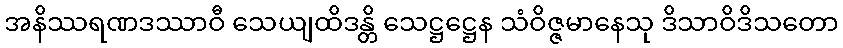
အနိဿရဏဒဿာဝီ သေယျထိဒန္တိ သေဋ္ဌဋ္ဌေန သံဝိဇ္ဇမာနေသု ဒိသာဝိဒိသတော